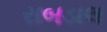
રાબડાલ